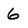
Character: 6